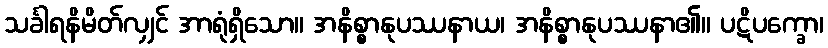
သင်္ခါရနိမိတ်လျှင် အာရုံရှိသော။ အနိစ္စာနုပဿနာယ၊ အနိစ္စာနုပဿနာ၏။ ပဋိပက္ခော၊